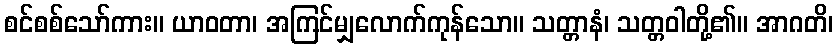
စင်စစ်သော်ကား။ ယာဝတာ၊ အကြင်မျှလောက်ကုန်သော။ သတ္တာနံ၊ သတ္တဝါတို့၏။ အာဂတိ၊